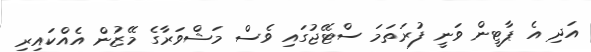
އަދި އެ ޕާޓީން ވަނީ ފުރަތަމަ ސްޓޭޖުގައި ވެސް މަޝްވަރާގެ މޭޒުން އެއްކައިރި